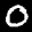
Label: 0